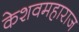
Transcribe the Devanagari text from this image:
केशवमहाराज